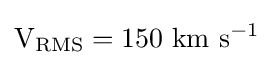
\mathrm {V_{RMS}} =150~\mathrm {km} ~\mathrm {s} ^{-1}